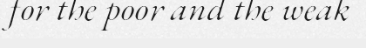
for the poor and the weak